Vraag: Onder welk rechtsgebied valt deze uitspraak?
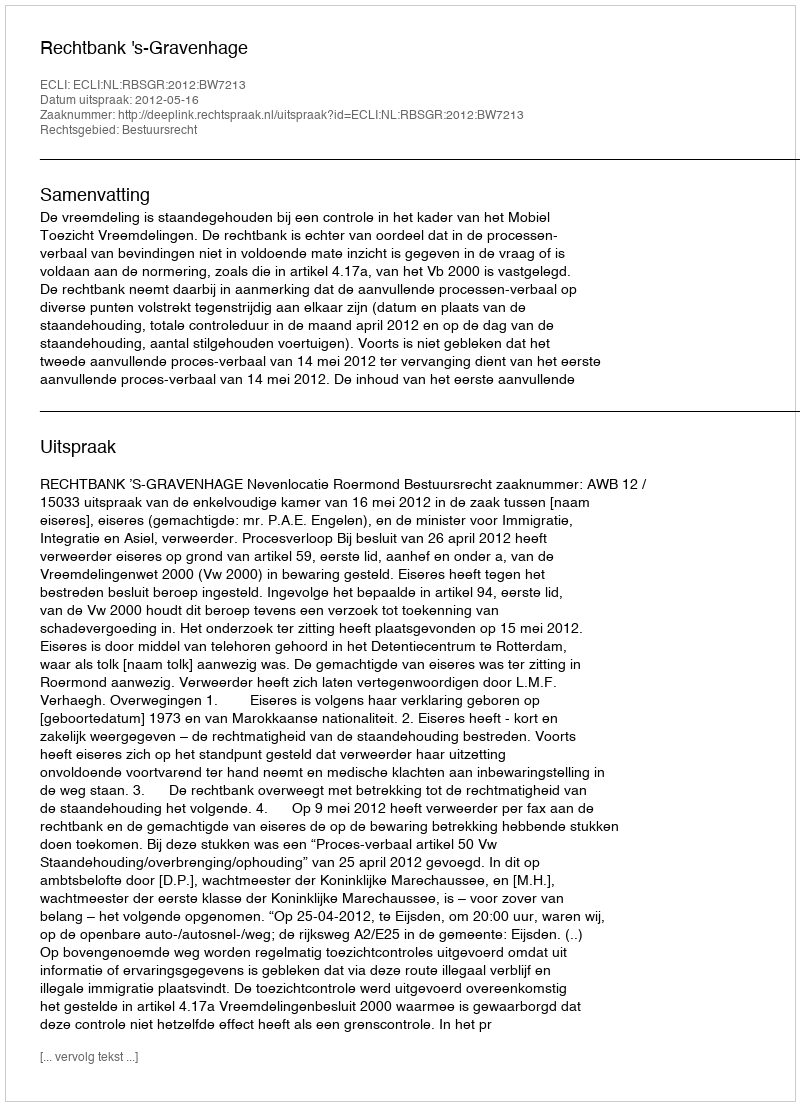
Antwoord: Bestuursrecht